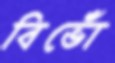
বিভোঁ